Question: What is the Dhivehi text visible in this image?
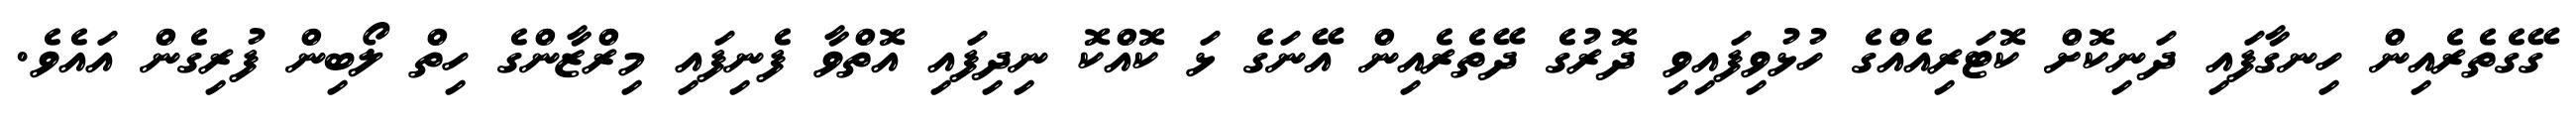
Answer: ގޭގެތެރެއިން ހިނގާފައި ދަނިކޮށް ކޮޓަރިއެއްގެ ހުޅުވިފައިވި ދޮރުގެ ދޭތެރެއިން އޭނަގެ ޅަ ކޮއްކޮ ނިދިފައި އޮތްވާ ފެނިފައި މިރްޒާންގެ ހިތް ލޯބިން ފުރިގެން އައެވެ.